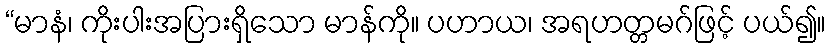
“မာနံ၊ ကိုးပါးအပြားရှိသော မာန်ကို။ ပဟာယ၊ အရဟတ္တမဂ်ဖြင့် ပယ်၍။